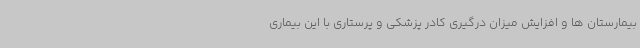
بیمارستان ها و افزایش میزان درگیری کادر پزشکی و پرستاری با این بیماری